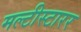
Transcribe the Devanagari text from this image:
मल्टीस्टारर